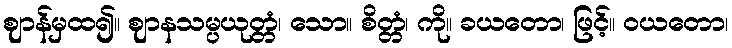
ဈာန်မှထ၍။ ဈာနသမ္ပယုတ္တံ၊ သော။ စိတ္တံ၊ ကို။ ခယတော၊ ဖြင့်။ ဝယတော၊